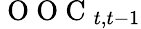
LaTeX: \mathrm{~O~O~C~}_{t,t-1}